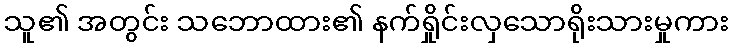
သူ၏ အတွင်း သဘောထား၏ နက်ရှိုင်းလှသောရိုးသားမှုကား